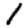
Digit: 1